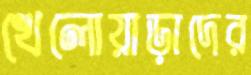
খেলোয়াড়াদের